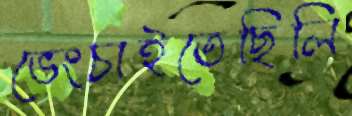
ভেংচাইতেছিলি